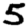
Digit: 5